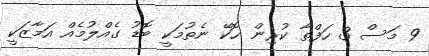
9 މަސް 3 ހަފްތާ ކުރިން ހޮކޭ ނެތުމަކީ ބޮޑު ގެއްލުމެއް އަމާޒަކީ